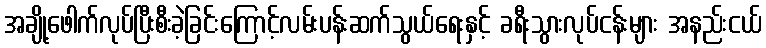
အချို့ဖေါက်လုပ်ပြီးစီးခဲ့ခြင်းကြောင့်လမ်းပန်းဆက်သွယ်ရေးနှင့် ခရီးသွားလုပ်ငန်းများ အနည်းငယ်